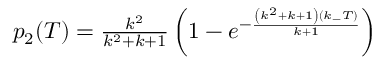
\begin{array} { r } { p _ { 2 } ( T ) = \frac { k ^ { 2 } } { k ^ { 2 } + k + 1 } \left( 1 - e ^ { - \frac { \left( k ^ { 2 } + k + 1 \right) ( k _ { - } T ) } { k + 1 } } \right) } \end{array}